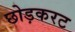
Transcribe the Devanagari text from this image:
छोड़करट